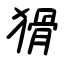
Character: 猾